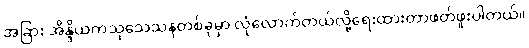
အခြား အိန္ဒိယကသုသေသနတစ်ခုမှာ လုံလောက်တယ်လို့ရေးထားတာဖတ်ဖူးပါတယ်။